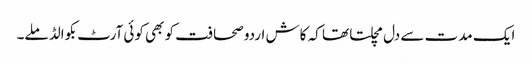
ایک مدت سے دل مچلتا تھا کہ کاش اردو صحافت کو بھی کوئی آرٹ بکوالڈ ملے۔